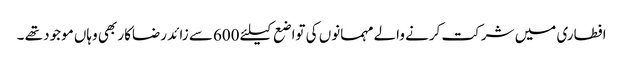
افطاری میں شرکت کرنے والے مہمانوں کی تواضع کیلئے 600سے زائد رضاکار بھی وہاں موجود تھے ۔